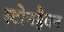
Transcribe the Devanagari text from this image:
स्टोनहैवन